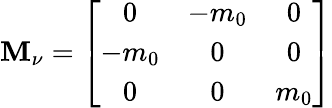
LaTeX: {\cal\mathbf{M}}_{\nu}=\left[\begin{array}{ccc}{{0}}&{{-m_{0}}}&{{0}}\\ {{-m_{0}}}&{{0}}&{{0}}\\ {{0}}&{{0}}&{{m_{0}}}\end{array}\right]